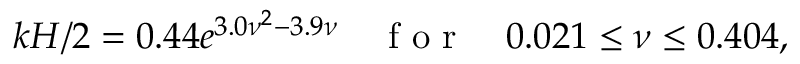
k H / 2 = 0 . 4 4 e ^ { 3 . 0 \nu ^ { 2 } - 3 . 9 \nu } \quad \textrm { f o r } \quad 0 . 0 2 1 \leq \nu \leq 0 . 4 0 4 ,